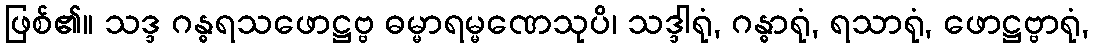
ဖြစ်၏။ သဒ္ဒ ဂန္ဓရသဖောဋ္ဌဗ္ဗ ဓမ္မာရမ္မဏေသုပိ၊ သဒ္ဒါရုံ, ဂန္ဓာရုံ, ရသာရုံ, ဖောဋ္ဌဗ္ဗာရုံ,